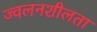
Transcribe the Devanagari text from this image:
ज्‍वलनशीलता